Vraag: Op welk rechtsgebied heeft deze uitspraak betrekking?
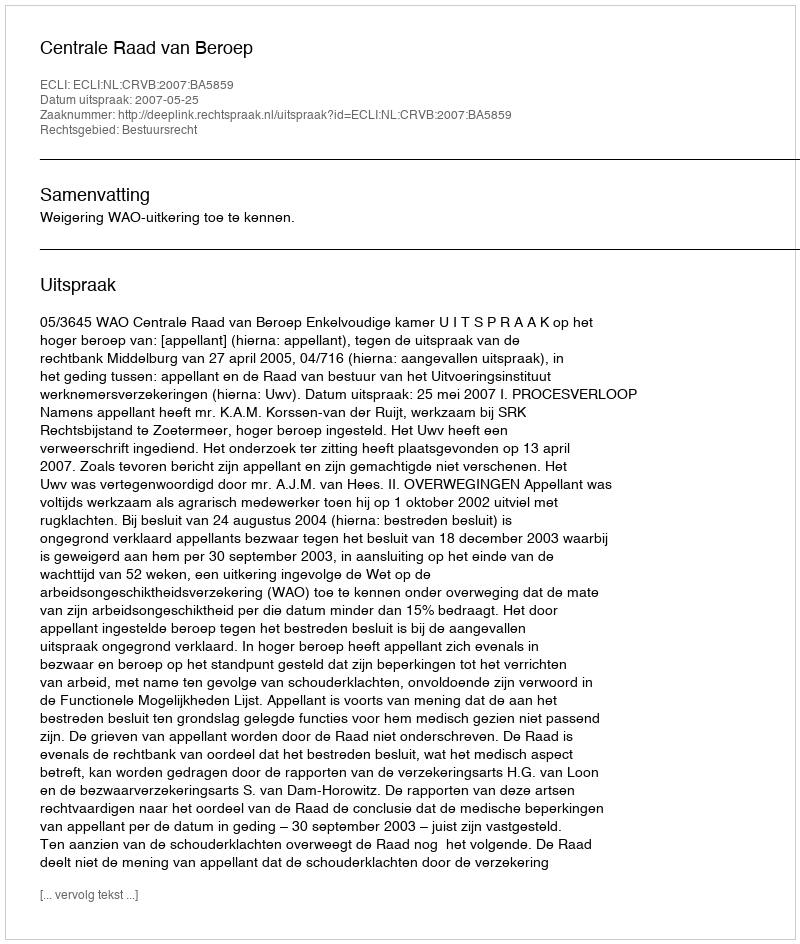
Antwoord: Bestuursrecht